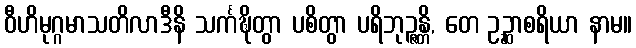
ဝီဟိမုဂ္ဂမာသတိလာဒီနိ သင်္ကဍ္ဎိတွာ ပစိတွာ ပရိဘုဉ္ဇန္တိ, တေ ဥဉ္ဆာစရိယာ နာမ။